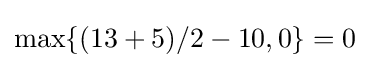
\max\{(13+5)/2-10,0\}=0